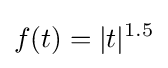
f(t)=|t|^{1.5}